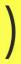
)